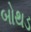
બોથડ